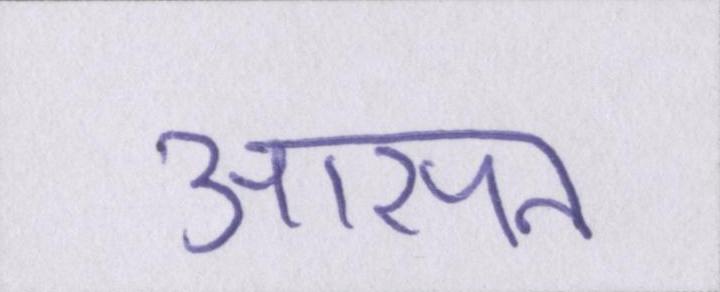
आसन